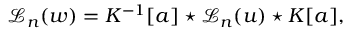
{ { \mathcal L } _ { n } } ( w ) = K ^ { - 1 } [ a ] \star { { \mathcal L } _ { n } } ( u ) \star K [ a ] ,